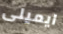
ايميلى